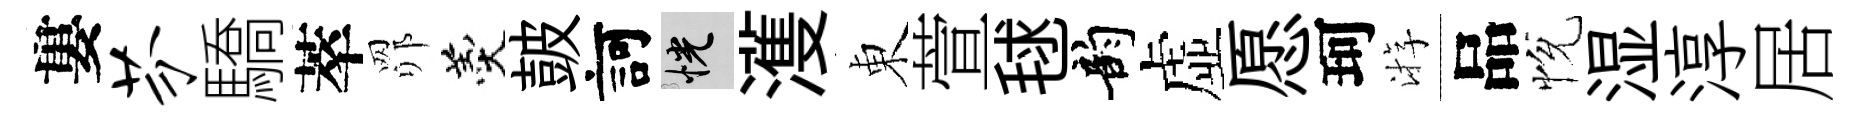
婁芬驕萃𦊑羹皷訶恍濩東萱毬韵虚愿珂㳺品恱湿淳居